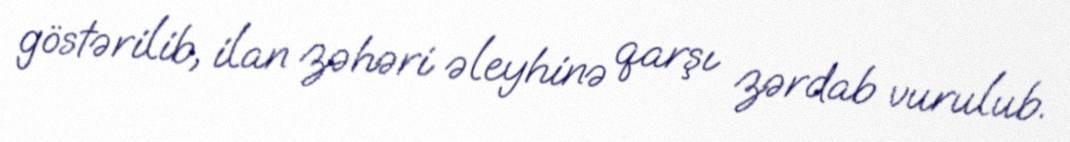
göstərilib, ilan zəhəri əleyhinə qarşı zərdab vurulub.